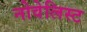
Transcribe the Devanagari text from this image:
नोवेलिस्ट